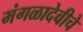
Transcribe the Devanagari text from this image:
मंगळादेवीचे